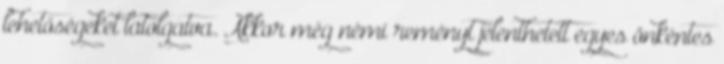
lehetőségeket latolgatva. Akkor még némi reményt jelenthetett egyes önkéntes